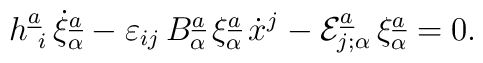
h^{\underline{a}}_{\ i} \, \dot{\xi}^{\underline{a}}_{\alpha}-\varepsilon_{ij}\, B^{\underline{a}}_{\alpha}\,\xi^{\underline{a}}_{\alpha}\, \dot{x}^{j} - {\cal E}^{\underline{a}}_{j;\alpha}\,\xi^{\underline{a}}_{\alpha}= 0.